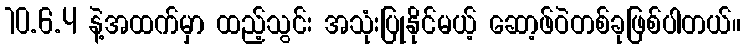
10.6.4 နဲ့အထက်မှာ ထည့်သွင်း အသုံးပြုနိုင်မယ့် ဆော့ဖ်ဝဲတစ်ခုဖြစ်ပါတယ်။